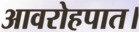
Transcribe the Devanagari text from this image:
आवरोहपात।